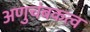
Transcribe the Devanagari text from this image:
अणुचंबकत्व